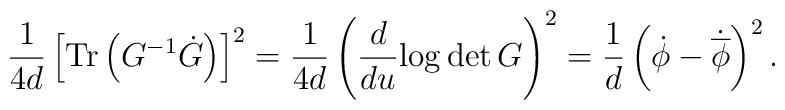
\frac{1}{4d}\left[\mathrm{Tr}\left(G^{-1}\dot{G}\right)\right]^2=\frac{1}{4d}\left(\frac{d}{du}{\log\det G}\right)^2=\frac{1}{d}\left(\dot{\phi}-\dot{\overline{\phi}} \right)^2.